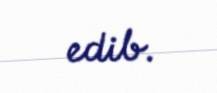
edib.